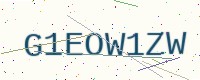
Text: G1EOW1ZW